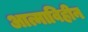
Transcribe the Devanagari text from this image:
आत्माविहीन